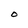
Character: O